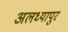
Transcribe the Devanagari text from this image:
अलध्यापुर